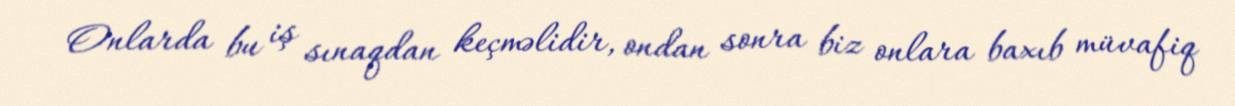
Onlarda bu iş sınaqdan keçməlidir, ondan sonra biz onlara baxıb müvafiq